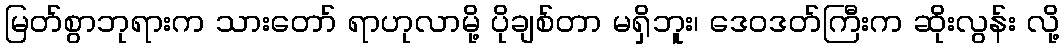
မြတ်စွာဘုရားက သားတော် ရာဟုလာမို့ ပိုချစ်တာ မရှိဘူး၊ ဒေဝဒတ်ကြီးက ဆိုးလွန်း လို့